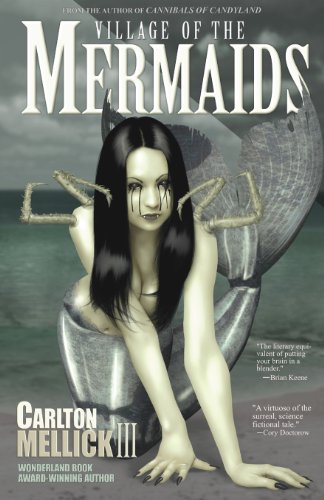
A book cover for Village of the Mermaids; Carlton Mellick III; Humor & Entertainment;